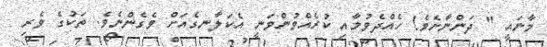
މާނައީ " ދަންނާށެވެ! ހެއްދެވުމާއި ކުރެއްވުންވަނީ އެކަލާނގެއަށް ވެގެންނެވެ. ތަކުގެ ވެރި